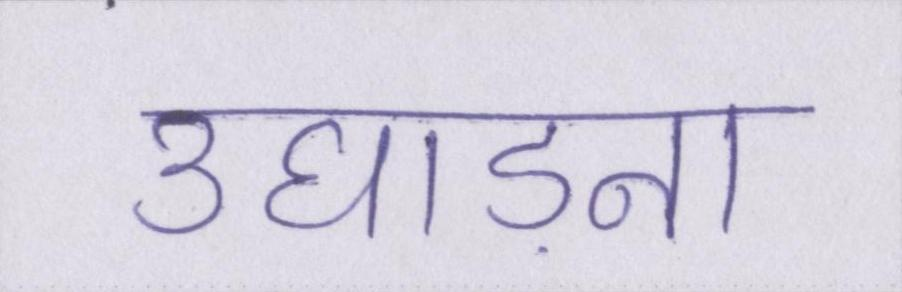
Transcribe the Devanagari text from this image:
उघाड़ना